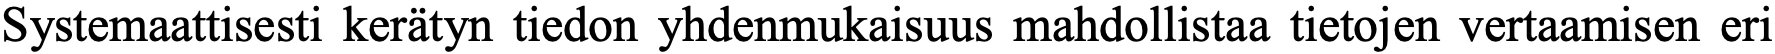
Systemaattisesti kerätyn tiedon yhdenmukaisuus mahdollistaa tietojen vertaamisen eri